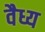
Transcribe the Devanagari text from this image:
वैध्य